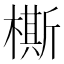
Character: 㯕